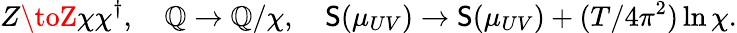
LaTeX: Z\toZ\chi\chi^{\dagger},\quad\mathbb{Q}\to\mathbb{Q}/\chi,\quad\mathsf{S}(\mu_{UV})\to\mathsf{S}(\mu_{UV})+(T/4\pi^{2})\ln\chi.